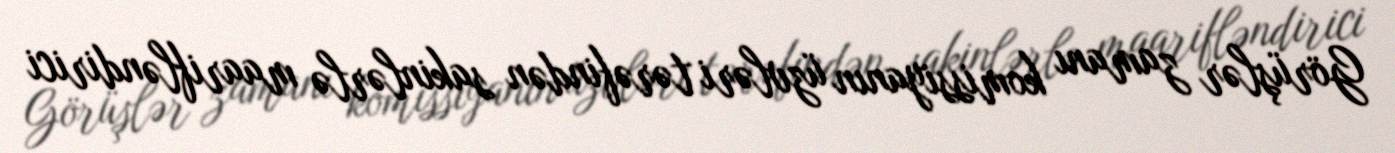
Görüşlər zamanı komissiyanın üzvləri tərəfindən sakinlərlə maarifləndirici